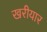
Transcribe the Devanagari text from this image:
खरीयार